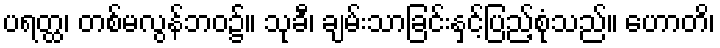
ပရတ္ထ၊ တစ်မလွန်ဘဝ၌။ သုခီ၊ ချမ်းသာခြင်းနှင့်ပြည့်စုံသည်။ ဟောတိ၊